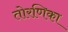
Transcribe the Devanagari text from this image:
तोरणिका